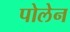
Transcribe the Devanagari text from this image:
पोलेन